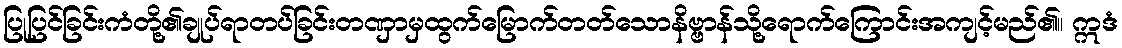
ပြုပြင်ခြင်းကံတို့၏ချုပ်ရာတပ်ခြင်းတဏှာမှထွက်မြောက်တတ်သောနိဗ္ဗာန်သို့ရောက်ကြောင်းအကျင့်မည်၏။ ဣဒံ